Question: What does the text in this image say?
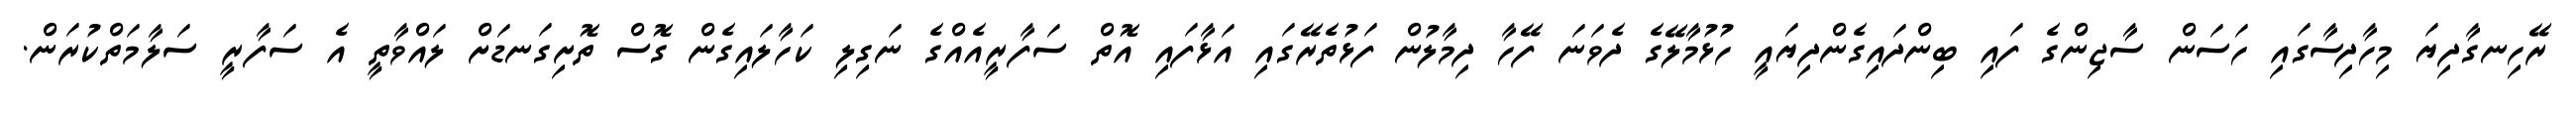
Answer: ރޭހިނގާދިޔަ މިހާދިސާގައި ހަސަން ސާޖިންގެ ފައި ބިންދައިގެންދިޔައީ ހުޅުމާލޭގެ ދެވަނަ ފޭހާ ދިމާލުން ފަޅުތެރޭގައި އަޅާފައި އޮތް ސަފާރީއެއްގެ ނަގިލި ކަހާލައިގެން ގޮސް ތޮށިގަނޑަށް ލައްވާތީ އެ ސަފާރީ ސަލާމަތްކުރަން.